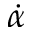
\dot { \alpha }